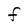
Character: F